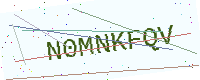
Text: N0MNKFQV